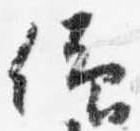
仰